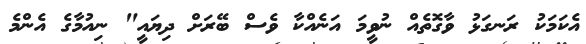
އެކަމަކު ރަނގަޅު ވާގޮތެއް ނުވީމަ އަނެއްކާ ވެސް ބޭރަށް ދިޔައީ" ނިއުމާގެ އެންމެ